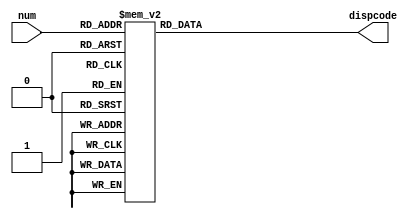
`timescale 1ns / 1ps

module SegLED(
    input [3:0] num,
    output reg [6:0] dispcode
    );
       always @( num ) begin
          case (num)
              4'b0000: dispcode = 7'b0000001; // "0"     
              4'b0001: dispcode = 7'b1001111; // "1" 
              4'b0010: dispcode = 7'b0010010; // "2" 
              4'b0011: dispcode = 7'b0000110; // "3" 
              4'b0100: dispcode = 7'b1001100; // "4" 
              4'b0101: dispcode = 7'b0100100; // "5" 
              4'b0110: dispcode = 7'b0100000; // "6" 
              4'b0111: dispcode = 7'b0001111; // "7" 
              4'b1000: dispcode = 7'b0000000; // "8"     
              4'b1001: dispcode = 7'b0000100; // "9" 
              4'b1010: dispcode = 7'b0001000;  //A
              4'b1011: dispcode = 7'b1100000;  //B
              4'b1100: dispcode = 7'b0110001;  //C
              4'b1101: dispcode = 7'b1000010;  //D
              4'b1110: dispcode = 7'b0110000;  //E
              4'b1111: dispcode = 7'b0111000; //F
              default: dispcode = 7'b0000000;  //
         endcase
       end
endmodule